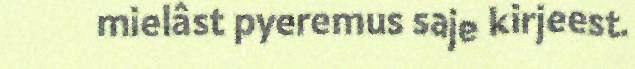
mielâst pyeremus saje kirjeest.